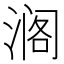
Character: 𮳍